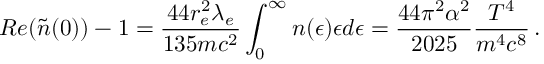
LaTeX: R e ( \tilde { n } ( 0 ) ) - 1 = { \frac { 4 4 r _ { e } ^ { 2 } \lambda _ { e } } { 1 3 5 m c ^ { 2 } } } \int _ { 0 } ^ { \infty } { n ( \epsilon ) \epsilon d \epsilon } = { \frac { 4 4 \pi ^ { 2 } \alpha ^ { 2 } } { 2 0 2 5 } } { \frac { T ^ { 4 } } { m ^ { 4 } c ^ { 8 } } } \, .